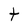
Character: t